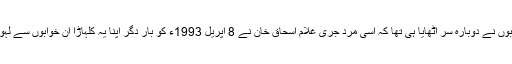
ہمارے خوابوں نے دوبارہ سر اٹھایا ہی تھا کہ اسی مردِ جری غلام اسحاق خان نے 8 اپریل 1993ء کو بارِ دگر اپنا یہ کلہاڑا ان خوابوں سے لہولہان کر لیا۔